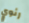
رئوي